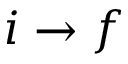
i \rightarrow { f }